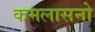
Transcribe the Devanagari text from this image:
कमलासनो